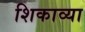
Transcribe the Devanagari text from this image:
शिकाव्या